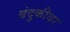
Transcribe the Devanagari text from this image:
बंदुकीवर